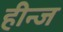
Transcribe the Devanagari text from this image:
हीन्ज